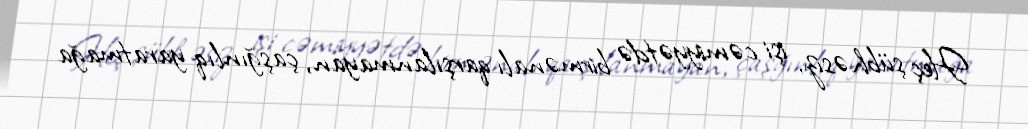
Heç şübhəsiz, işi cəmiyyətdə birmənalı qarşılanmayan, çaşğınlıq yaratmağa